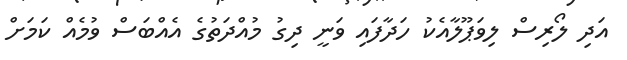
އަދި ލޯރިސް ލިވަޕޫލާއެކު ހަދާފައި ވަނީ ދިގު މުއްދަތުގެ އެއްބަސް ވުމެއް ކަމަށް